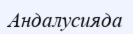
Андалусияда